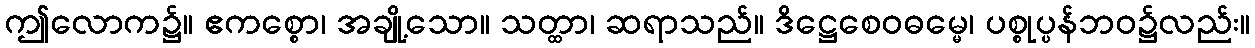
ဤလောက၌။ ဧကစ္စော၊ အချို့သော။ သတ္ထာ၊ ဆရာသည်။ ဒိဋ္ဌေစေဝဓမ္မေ၊ ပစ္စုပ္ပန်ဘဝ၌လည်း။